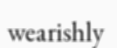
wearishly